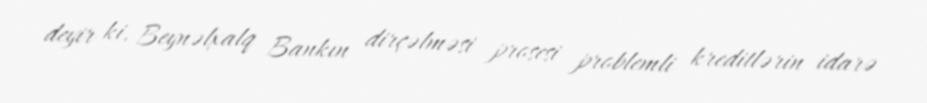
deyir ki, Beynəlxalq Bankın dirçəlməsi prosesi problemli kreditlərin idarə